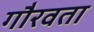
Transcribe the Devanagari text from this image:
गौरवता